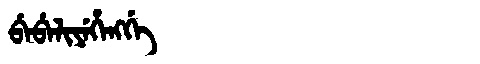
Manchu: ᠪᡝᠪᡝᠯᡳᠶᡝᡥᡝᠩᡤᡝ
Romanization: BEBELIYEHENGGE